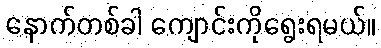
နောက်တစ်ခါ ကျောင်းကိုရွေးရမယ်။